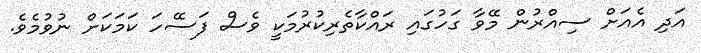
އަދި އެއަށް ސިއްރުން މޭވާ ގަހުގައި ރައްކާތެރިކުުރުމަކީ ވެސް ފަސޭހަ ކަމަކަށް ނުވުމެވެ.